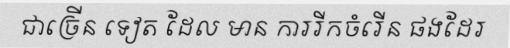
ជាច្រើន ទៀត ដែល មាន ការរីកចំរើន ផងដែរ